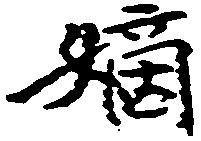
嫡